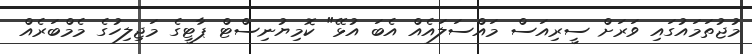
މުޖުތަމައުގައި ވަރަށް ސީރިއަސް މައްސަލައެއް އެބަ އުޅޭ" ކޮމިޔުނިސްޓް ޕާޓީގެ މަޖިލިހުގެ މެމްބަރެއް